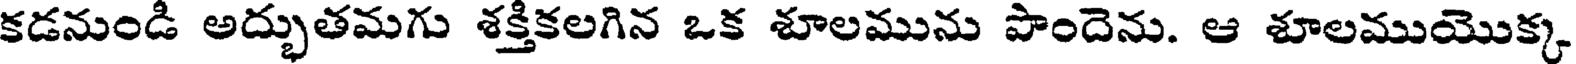
కడనుండి అద్భుతమగు శక్తికలగిన ఒక శూలమును పొందెను. ఆ శూలముయొక్క